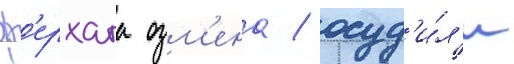
ф'ерхата озм'ена / осуд'и́л'и